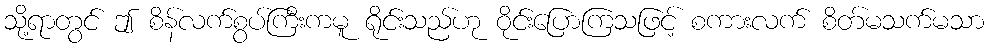
သို့ရာတွင် ဤ စိန်လက်စွပ်ကြီးကမူ ရိုင်းသည်ဟု ဝိုင်းပြောကြသဖြင့် စကားလက် စိတ်မသက်မသာ